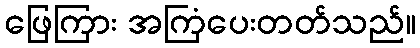
ဖြေကြား အကြံပေးတတ်သည်။